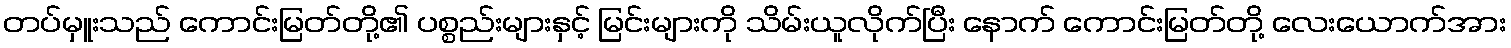
တပ်မှူးသည် ကောင်းမြတ်တို့၏ ပစ္စည်းများနှင့် မြင်းများကို သိမ်းယူလိုက်ပြီး နောက် ကောင်းမြတ်တို့ လေးယောက်အား